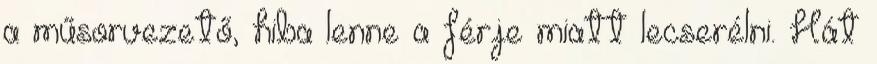
a műsorvezető, hiba lenne a férje miatt lecserélni. Hát